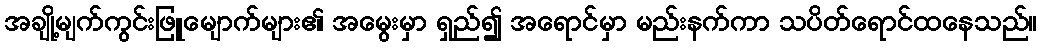
အချို့မျက်ကွင်းဖြူမျောက်များ၏ အမွေးမှာ ရှည်၍ အရောင်မှာ မည်းနက်ကာ သပိတ်ရောင်ထနေသည်။